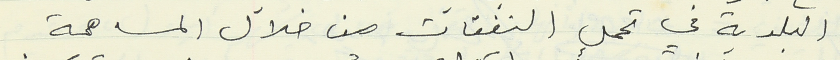
البلدية في تحمل النفقات من خلال المساهمة